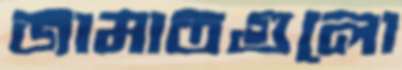
জামাতগুলো